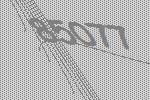
85077